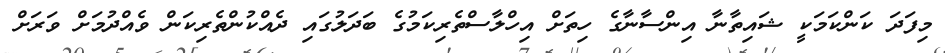
މިފަދަ ކަންކަމަކީ ޝައިތާނާ އިންސާނާގެ ހިތަށް އިހްލާސްތެރިކަމުގެ ބަދަލުގައި ދެއްކުންތެރިކަން ވެއްދުމަށް ވަރަށް